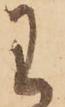
わ